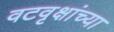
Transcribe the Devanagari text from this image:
वटवृक्षांच्या